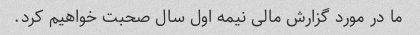
ما در مورد گزارش مالی نیمه اول سال صحبت خواهیم کرد.